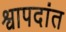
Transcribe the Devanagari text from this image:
श्वापदांत